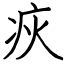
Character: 疢